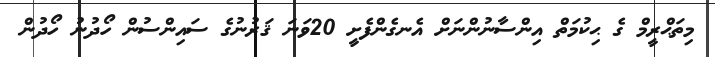
މިތަޙްރީމް ގެ ޙިކުމަތް އިންސާނުންނަށް އެނގެންފެށީ 20ވަނަ ޤަރުނުގެ ސައިންސުން ހޯދުނު ހޯދުން